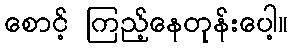
စောင့် ကြည့်နေတုန်းပေါ့။